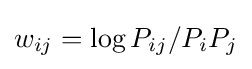
w_{ij}=\log P_{ij}/P_{i}P_{j}